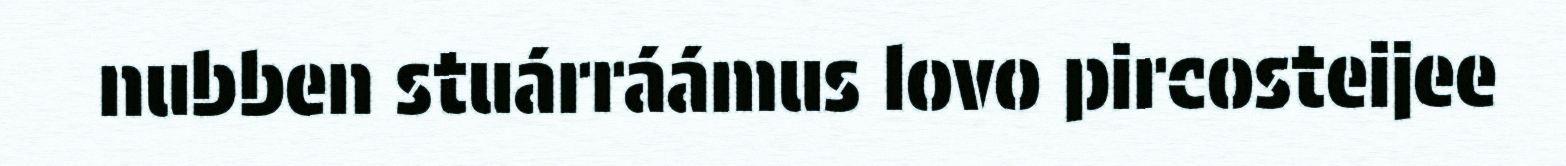
nubben stuárráámus lovo pircosteijee